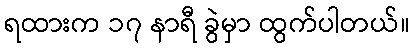
ရထားက ၁၇ နာရီ ခွဲမှာ ထွက်ပါတယ်။